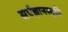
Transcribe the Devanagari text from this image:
सर्पज्ञानस्मृति